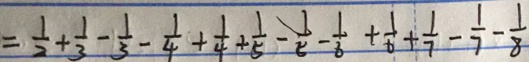
= \frac { 1 } { 2 } + \frac { 1 } { 3 } - \frac { 1 } { 3 } - \frac { 1 } { 4 } + \frac { 1 } { 4 } + \frac { 1 } { 5 } - \frac { 1 } { 5 } - \frac { 1 } { 6 } + \frac { 1 } { 6 } + \frac { 1 } { 7 } - \frac { 1 } { 7 } - \frac { 1 } { 8 }